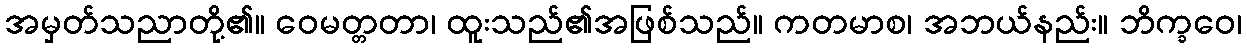
အမှတ်သညာတို့၏။ ဝေမတ္တတာ၊ ထူးသည်၏အဖြစ်သည်။ ကတမာစ၊ အဘယ်နည်း။ ဘိက္ခဝေ၊